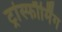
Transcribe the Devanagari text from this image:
ट्रांस्फौर्मिंग